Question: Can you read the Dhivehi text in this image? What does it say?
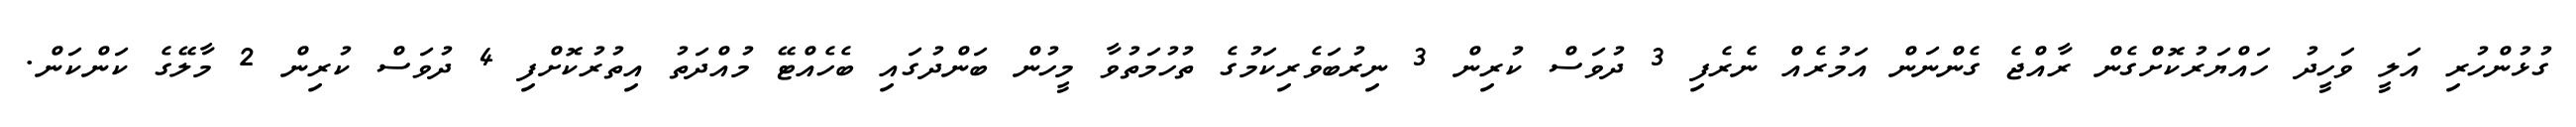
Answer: ގުޅުންހުރި އަލީ ވަހީދު ހައްޔަރުކޮށްގެން ރާއްޖެ ގެންނަން އަމުރެއް ނެރެފި 3 ދުވަސް ކުރިން 3 ނިރުބަވެރިކަމުގެ ތުހުމަތުވާ މީހުން ބަންދުގައި ބެހެއްޓޭ މުއްދަތު އިތުރުކޮށްފި 4 ދުވަސް ކުރިން 2 މާލޭގެ ކަންކަން.